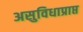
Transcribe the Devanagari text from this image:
असुविधाप्राप्त